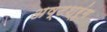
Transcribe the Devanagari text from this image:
अष्टश्रृंग